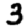
Digit: 3